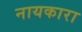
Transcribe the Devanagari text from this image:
नायकारा